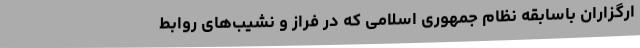
ارگزاران باسابقهٔ نظام جمهوری اسلامی که در فراز و نشیب‌های روابط